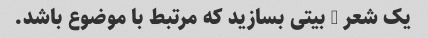
یک شعر 4 بیتی بسازید که مرتبط با موضوع باشد.